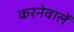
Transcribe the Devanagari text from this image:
करनेवालें